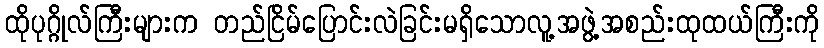
ထိုပုဂ္ဂိုလ်ကြီးများက တည်ငြိမ်ပြောင်းလဲခြင်းမရှိသောလူ့အဖွဲ့အစည်းထုထယ်ကြီးကို